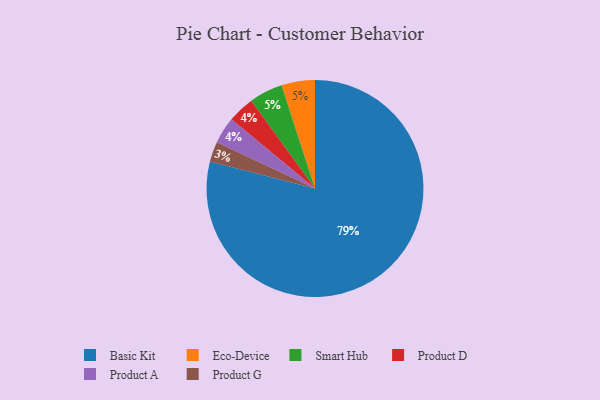
{"axis": {"x": "Category", "y": "Percentage"}, "legend": ["Basic Kit", "Eco-Device", "Product A", "Product D", "Product G", "Smart Hub"], "data": [{"x": "Product D", "y": 4, "type": "Product D"}, {"x": "Product G", "y": 3, "type": "Product G"}, {"x": "Basic Kit", "y": 79, "type": "Basic Kit"}, {"x": "Eco-Device", "y": 5, "type": "Eco-Device"}, {"x": "Smart Hub", "y": 5, "type": "Smart Hub"}, {"x": "Product A", "y": 4, "type": "Product A"}]}